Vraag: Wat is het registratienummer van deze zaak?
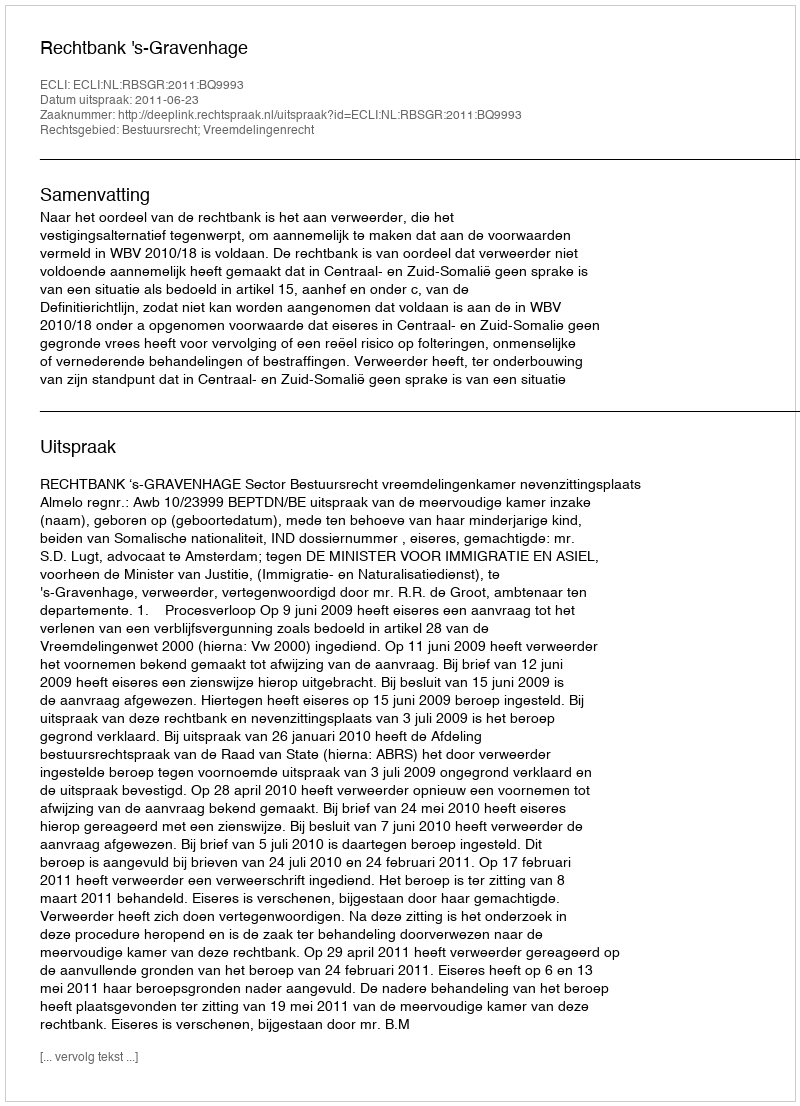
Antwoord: http://deeplink.rechtspraak.nl/uitspraak?id=ECLI:NL:RBSGR:2011:BQ9993